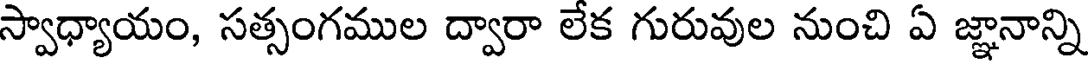
స్వాధ్యాయం, సత్సంగముల ద్వారా లేక గురువుల నుంచి ఏ జ్ఞానాన్ని